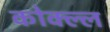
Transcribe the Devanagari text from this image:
कोक्ल्ल